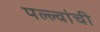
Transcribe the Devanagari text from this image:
पल्ल्वांची